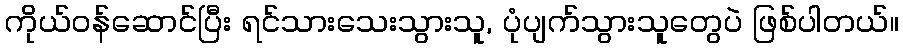
ကိုယ်ဝန်ဆောင်ပြီး ရင်သားသေးသွားသူ, ပုံပျက်သွားသူတွေပဲ ဖြစ်ပါတယ်။